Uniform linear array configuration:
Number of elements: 24
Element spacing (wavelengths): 0.25
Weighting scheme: blackman
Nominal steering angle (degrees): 60
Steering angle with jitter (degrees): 58.514
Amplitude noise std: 0.05
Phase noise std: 0.05

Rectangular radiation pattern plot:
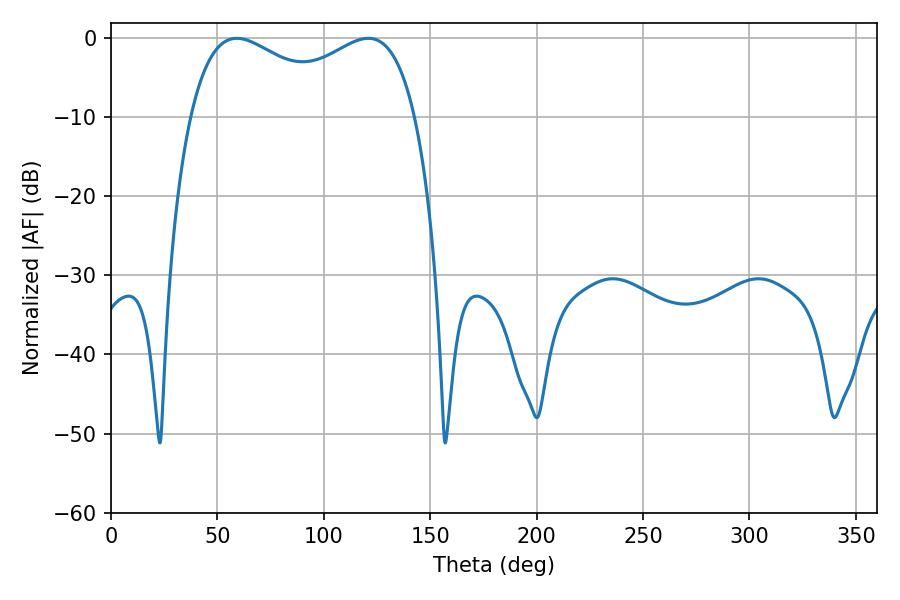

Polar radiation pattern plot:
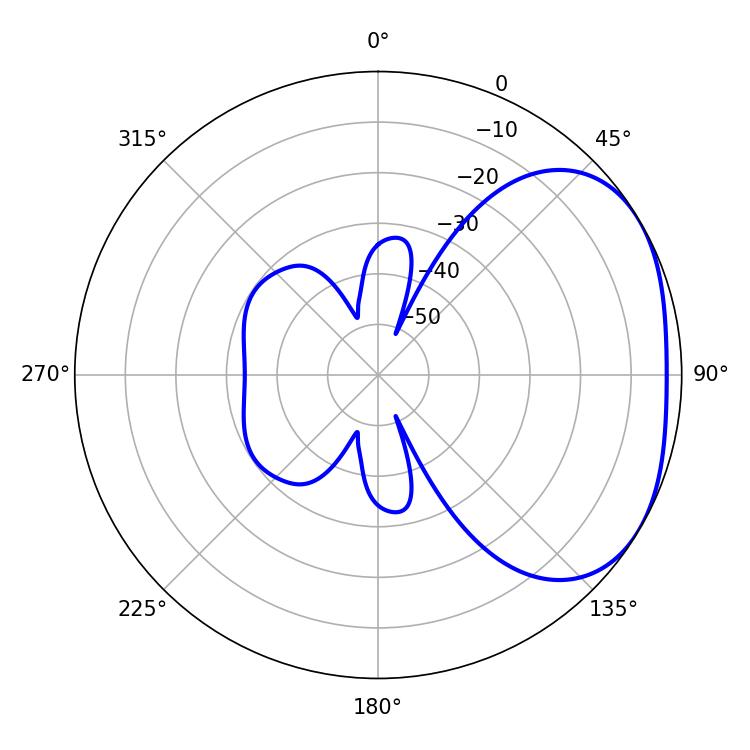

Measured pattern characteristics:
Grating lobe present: FALSE
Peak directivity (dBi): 2.616
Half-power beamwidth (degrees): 88.2
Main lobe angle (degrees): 59.04